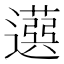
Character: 𦽙